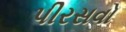
પીરસવો